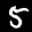
Label: 5